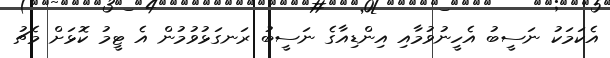
އެކަމަކު ނަސީބު އެހީނުވުމާއި އިންޑިއާގެ ނަސީބު ރަނގަޅުވުމުން އެ ޓީމު ކޮޅަށް މެޗު